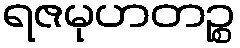
ရဇမုဟတဉ္စ